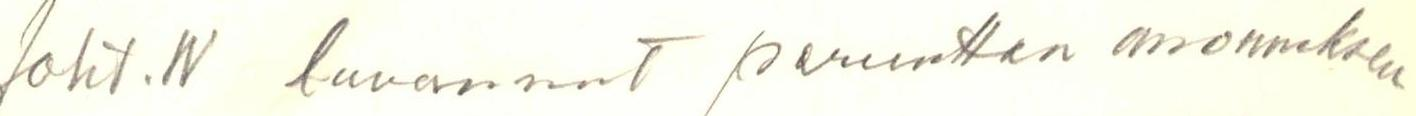
Joht. W luvannut peruuttaa anomuksen